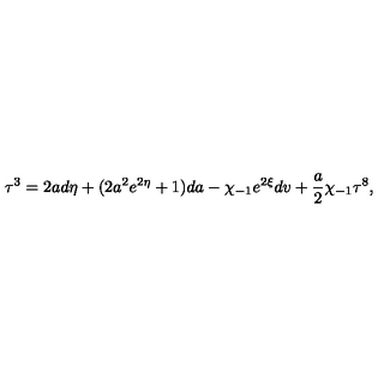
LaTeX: { \bf \tau } ^ { 3 } = 2 a d \eta + ( 2 a ^ { 2 } e ^ { 2 \eta } + 1 ) d a - \chi _ { - 1 } e ^ { 2 \xi } d v + \frac { a } { 2 } \chi _ { - 1 } { \bf \tau } ^ { 8 } ,